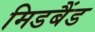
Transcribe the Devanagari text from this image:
मिडबैंड